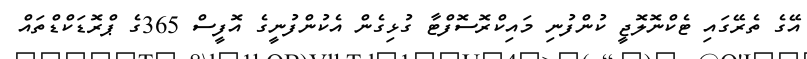
އޭގެ ތެރޭގައި ޓެކްނޮލޮޖީ ކުންފުނި މައިކްރޮސޮފްޓާ ގުޅިގެން އެކުންފުނީގެ އޮފީސް 365ގެ ޕްރޮޑަކްޑްތައް